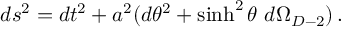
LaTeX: d s ^ { 2 } = d t ^ { 2 } + a ^ { 2 } ( d \theta ^ { 2 } + \sinh ^ { 2 } \theta \ d \Omega _ { D - 2 } ) \, .